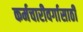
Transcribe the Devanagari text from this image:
कर्मचारीवर्गासाठी